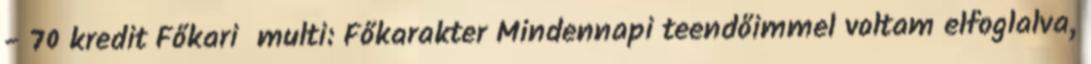
- 70 kredit Főkari multi: Főkarakter Mindennapi teendőimmel voltam elfoglalva,